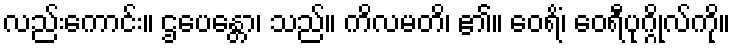
လည်းကောင်း။ ဌပေန္တော၊ သည်။ ကိလမတိ၊ ၏။ ဝေရိံ၊ ဝေရီပုဂ္ဂိုလ်ကို။